Vaccine operations Central Provinces 1900-1911 - 1900-1911
Year: 1900
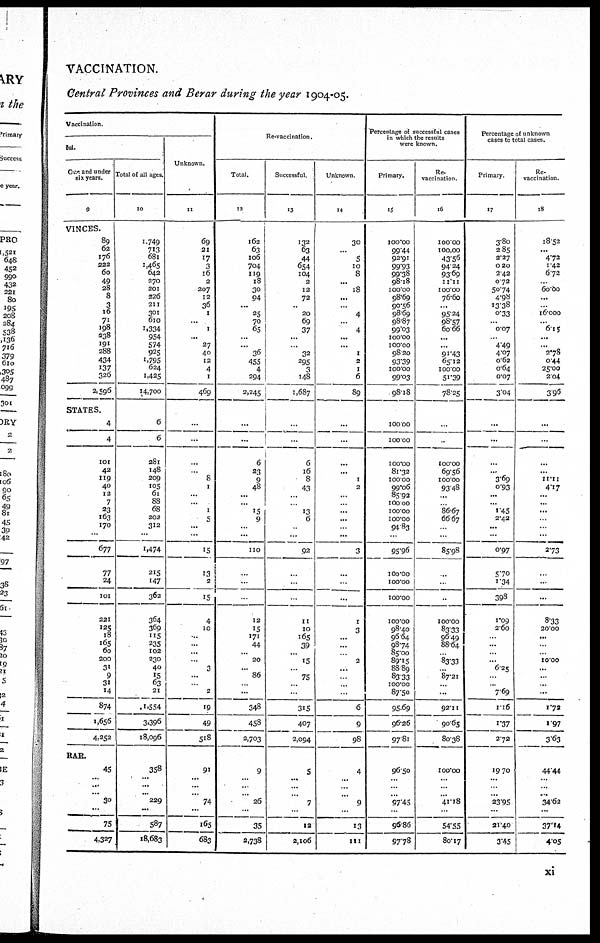
VACCINATION.
Central Provinces and Berar during the year 1904-05.
Vaccination.
ful.
One and under
six year.
9
VINCES.
89
62
176
222
60
49
28
8
3
16
71
198
238
191
288
434
137
326
2,596
Total of all ages.
10
1,749
713
681
1,465
642
270
201
226
211
301
610
1,334
954
574
925
1,795
624
1,425
14,700
STATES.
4
4
101
42
119
40
12
7
23
163
170
...
677
77
24
101
221
125
18
165
60
200
31
9
31
14
874
1,656
4,252
6
6
281
148
209
105
61
88
68
202
312
...
1,474
215
147
362
364
369
115
235
102
230
40
15
63
21
1,554
3,396
18,096
RAR.
45
...
...
... 30
...
75
4,327
358
...
...
... 229
...
587
18,683
Unknown.
11
69
21
17
3
16
2
207
12
36
1
...
1
...
27
40
12
4
1
469
...
...
...
...
8
1
...
...
1
5
...
...
15
13
2
15
4
10
...
...
...
...
3
...
... 2
19
49
518
91
...
...
...
74
...
165
683
Re-vaccination.
Total.
12
162
63
106
704
119
18
30
94
...
25
70
65
...
...
36
455
4
294
2,245
...
...
6
23
9
48
...
...
15
9
...
...
110
...
...
...
12
15
171
44
...
20
...
86
...
...
348
458
2,703
9
...
...
... 26
...
35
2,738
Successful.
13
132
63
44
654
104
2
12
72
...
20
69
37
...
...
32
295
3
148
1,687
...
...
6
16
8
43
...
...
13
6
...
...
92
...
...
...
11
10
165
39
...
15
...
75
...
...
315
407
2,094
5
...
...
...
7
...
12
2,106
Unknown
14
30
...
5
10
8
...
18
...
...
4
...
4
...
...
1
2
1
6
89
...
...
...
...
1
2
...
...
...
...
...
...
3
...
...
...
1
3
...
...
...
2
...
...
...
...
6
9
98
4
...
...
...
9
...
13
111
Percentage of successful cases
in which the results
were known.
Primary.
15
100.00
99.44
92.91
99.93
99.38
98.18
100.00
98.69
90.56
98.69
98.87
99.03
100.00
100.00
98.20
93.39
100.00
99.03
98.18
100.00
100.00
100.00
81.32
100.00
99.06
85.92
100.00
100.00
100.00
94.83
...
95.96
100.00
100.00
100.00
100.00
98.40
96.64
98.74
85.00
89.15
88.89
83.33
100.00
87.50
95.69
96.26
97.81
96.50
...
...
...
97.45
...
96.86
97.78
Re¬
vaccination.
16
100,00
100,00
43,56
94.24
93.69
11.11
100.00
76.60
...
95.24
98.57
60.66
...
...
91.43
65.12
100.00
51.39
78.25
...
...
100.00
69.56
100.00
93.48
...
...
86.67
66.67
...
...
85.98
...
...
...
100.00
83.33
96.49
88.64
...
83.33
...
87.21
...
...
92.11
90.65
80.38
100.00
...
...
... 41.18
...
54.55
80.17
Percentage of unknown
cases to total cases.
Primary.
17
3.80
2.85
2.27
0.20
2.42
0.72
50.74
4.98
13.38
0.33
...
0.07
...
4.49
4.07
0.62
0.64
0.07
3.04
...
...
...
...
3.69
0.93
...
...
1.45
2.42
...
...
0.97
5.70
1.34
3.98
1.09
2.60
...
...
...
...
6.25
...
... 7.69
1.16
1.37
272
19.70
...
...
...
23.95
...
21.40
3.45
Re¬
vaccination.
18
18.52
...
4.72
1.42
6.72
... 60.00
...
...
16.000
...
615
...
...
2.78
0.44
25.00
2.04
3.96
...
...
...
...
11.11
4.17
...
...
...
...
...
...
2.73
...
...
...
8.33
20.00
...
...
... 10.00
...
...
..
...
1.72
1.97
3.63
44.44
...
...
... 34.62
...
37.14
4.05
xi